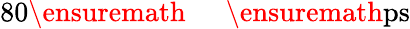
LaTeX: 80\ensuremath{\mathrm{~\textrm~{~\, ~}~}}\ensuremath{\mathrm{ps}}